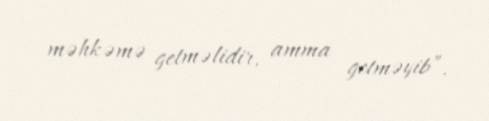
məhkəmə getməlidir, amma getməyib”.